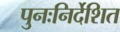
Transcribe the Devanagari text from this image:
पुनःनिर्देशित